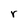
Character: r